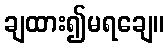
ချထား၍မရချေ။